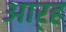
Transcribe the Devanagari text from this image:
आर्‍ह